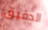
الدقيق